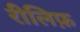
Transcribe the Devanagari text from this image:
रीलिफ़